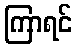
ကြာရင်